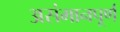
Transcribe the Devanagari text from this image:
असंमानपूर्ण